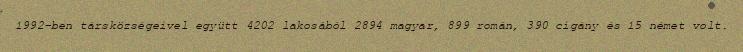
1992-ben társközségeivel együtt 4202 lakosából 2894 magyar, 899 román, 390 cigány és 15 német volt.